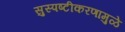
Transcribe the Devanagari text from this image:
सुस्पष्टीकरणामुळे